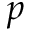
p